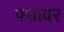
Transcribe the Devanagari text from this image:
पशावर